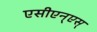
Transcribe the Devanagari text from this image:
एसीएन्एस्